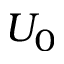
U _ { 0 }